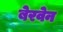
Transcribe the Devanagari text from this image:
बेरवेन